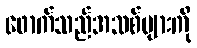
ဖောက်သည်အသစ်များကို